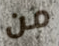
من